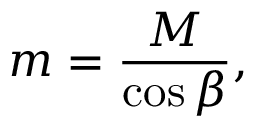
m = \frac { M } { \cos { \beta } } ,